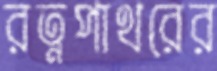
রত্নপাথরের